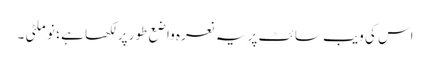
اس کی ویب سائٹ پر یہ نعرہ واضع طور پر لکھا ہے ؛ نو ملٹی ۔